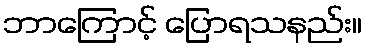
ဘာကြောင့် ပြောရသနည်း။